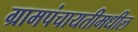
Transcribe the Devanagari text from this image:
ग्रामपंचायतीमधील